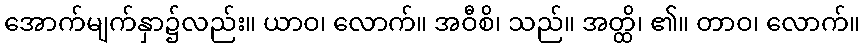
အောက်မျက်နှာ၌လည်း။ ယာဝ၊ လောက်။ အဝီစိ၊ သည်။ အတ္ထိ၊ ၏။ တာဝ၊ လောက်။